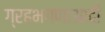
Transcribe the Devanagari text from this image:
ग्रहभगणाआदी